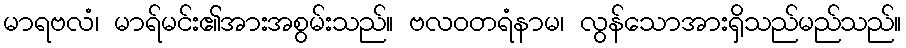
မာရဗလံ၊ မာရ်မင်း၏အားအစွမ်းသည်။ ဗလဝတရံနာမ၊ လွန်သောအားရှိသည်မည်သည်။